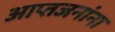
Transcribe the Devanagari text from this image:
आप्तजनांना